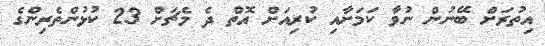
އިތުރަށް ބޭނުން ނުވާ ކަމަށާއި ކުރިއަށް އޮތް ދެ މެޗަށް 23 ކުޅުންތެރިންގެ